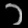
Digit: ၁